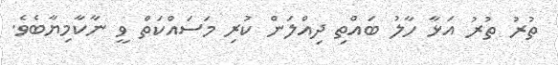
ތުރު ތުރު އަޅާ ހާލު ބައްތި ދިއްލަން ކުރި މަސައްކަތް ވީ ނާކާމިޔާބެވެ.